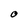
Character: O